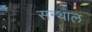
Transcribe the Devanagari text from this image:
सन्थाल